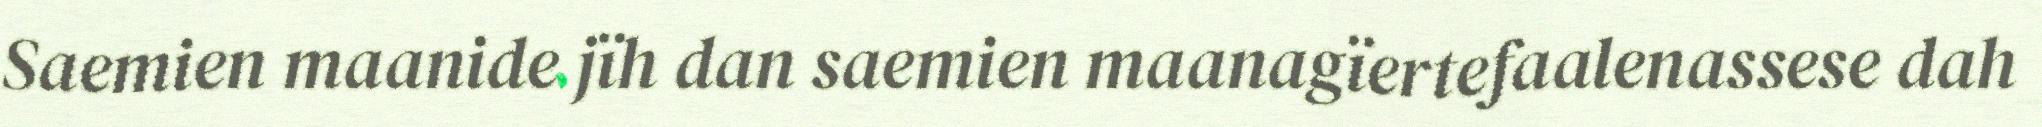
Saemien maanide jïh dan saemien maanagïertefaalenassese dah